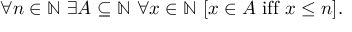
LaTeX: \forall n \in \mathbb { N } \ \exists A \subseteq \mathbb { N } \ \forall x \in \mathbb { N } \ [ x \in A { \mathrm { ~ i f f ~ } } x \leq n ] .